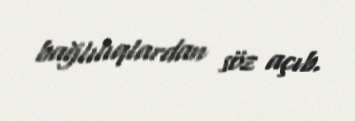
bağlılıqlardan söz açıb.